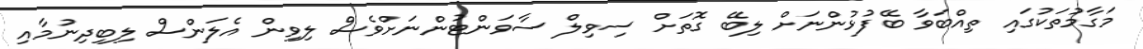
މަގާމުތަކުގައި ތިއްބަވާ ބޭފުޅުންނަށް ލިބޭ ގޮތަށް ސިވިލް ސާވަންޓުންނަށްވެސް ލިވިން އެލަަންސް ލިބިދިނުމާއި